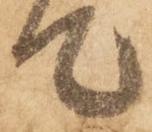
て